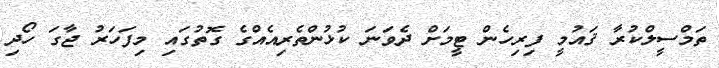
ތަމްސީލްކުރާ ޤައުމީ ފިރިހެން ޓީމަށް ދެވަނަ ކުޅުންތެރިއެއްގެ ގޮތުގައި މިފަހަރު ޖާގަ ހޯދި